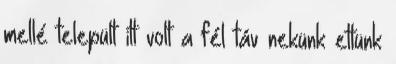
mellé települt itt volt a fél táv nekünk ettünk